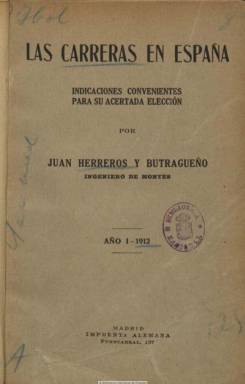
Título: Las Carreras en España
Colección: Educación
Ámbito geográfico: Madrid
Lugar de publicación: Madrid
Fechas: 01/01/1912-31/12/1913

Anuario publicado por el ingeniero de Montes Juan Herreros y Butragueño, en el que da cuenta de las indicaciones convenientes para la acertada elección de las carreras profesionales en España, preferentemente de carácter oficial –tanto superiores como medias, técnicas o artísticas- en las diversas Administraciones públicas (Estado, Ejército, Armada, Administraciones civil o educativa), inclusive la eclesiástica, y otras de ejercicio liberal.

Da cuenta de los reglamentos de los cuerpos de funcionarios del Estado, de su ingreso, requisitos de acceso, funciones profesionales, etc. También ofrece las indicaciones de ingreso en las diversas instituciones académicas y de enseñanza, como las academias militares, el Real Conservatorio de Música y Declamación, el Colegio Nacional de Sordomudos y Ciegos o la Escuela del Hogar y Profesional de la Mujer, por citar algunas.

Es una especie de guía, que al final cuenta con un índice alfabético con entre otros muchos, los siguientes epígrafes: Abogados del Estado, Actores, Arquitectos, Astrónomos, Ayudantes del Servicio Agronómico, Carrera Consular, Carrera de Comercio, Ingenieros, Jueces y Fiscales, Maestros o Maestras. O referidos a instituciones, como el Banco de España o las facultades y escuelas universitarias.

Incluye también información sobre convocatorias de acceso a puestos de trabajo de las Administraciones, tarifas de los derechos de los títulos académicos, relación de títulos académicos expedidos en países extranjeros o centros particulares de enseñanza recomendados, en el que se cita el establecimiento del que era propietario el editor de este anuario –Academia Herreros- como centro de preparación para el ingreso en escuelas especiales y de oposiciones.

La colección de la Biblioteca Nacional de España la forman los dos primeros números, correspondientes, respectivamente, a los años 1912 y 1913, en torno a las 200 páginas por entrega. Pero siguió publicándose y se conoce una cuarta edición corregida y aumentada, fechada en 1922, y el doble de paginación.